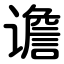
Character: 谵